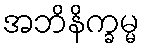
အဘိနိက္ခမ္မ